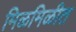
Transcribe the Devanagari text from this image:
मिळमिळीत